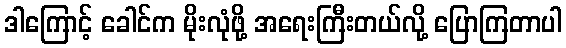
ဒါကြောင့် ခေါင်က မိုးလုံဖို့ အရေးကြီးတယ်လို့ ပြောကြတာပါ